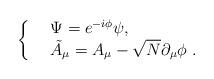
LaTeX: \begin{align*}\left\{\begin{array}{ll} &\Psi=e^{-i\phi}\psi,\ \ \ \ \ \\ &\tilde{A}_\mu=A_\mu-\sqrt{N}\partial_\mu \phi \ .\ \ \ \ \ \end{array}\right.\end{align*}